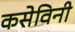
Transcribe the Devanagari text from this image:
कसेविनी